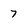
Character: 7